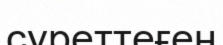
суреттеғен